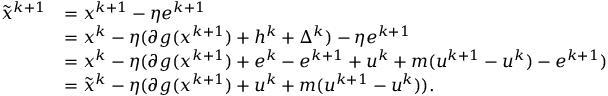
\begin{array} { r l } { { \tilde { x } } ^ { k + 1 } } & { = x ^ { k + 1 } - \eta e ^ { k + 1 } } \\ & { = x ^ { k } - \eta ( \partial g ( x ^ { k + 1 } ) + h ^ { k } + \Delta ^ { k } ) - \eta e ^ { k + 1 } } \\ & { = x ^ { k } - \eta ( \partial g ( x ^ { k + 1 } ) + e ^ { k } - e ^ { k + 1 } + u ^ { k } + m ( u ^ { k + 1 } - u ^ { k } ) - e ^ { k + 1 } ) } \\ & { = { \tilde { x } } ^ { k } - \eta ( \partial g ( x ^ { k + 1 } ) + u ^ { k } + m ( u ^ { k + 1 } - u ^ { k } ) ) . } \end{array}